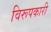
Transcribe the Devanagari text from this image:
विरूपकारी